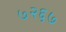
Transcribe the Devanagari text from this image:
७२६७